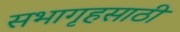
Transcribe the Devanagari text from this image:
सभागृहसाठी